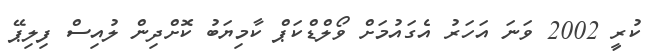
ކުރީ 2002 ވަނަ އަހަރު އެގައުމަށް ވޯލްޑްކަޕް ކާމިޔަބު ކޮށްދިން ލުއިސް ފިލިޕޭ